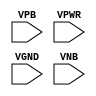
module sky130_fd_sc_hs__fill_diode (
    //# {{power|Power}}
    input VPB ,
    input VPWR,
    input VGND,
    input VNB
);
endmodule